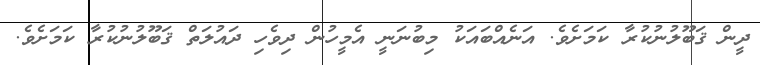
ދީން ޤަބޫލުނުކުރާ ކަމަށެވެ. އަނެއްބައަކު މިބުނަނީ އެމީހުން ދިވެހި ދައުލަތް ޤަބޫލުނުކުރާ ކަމަށެވެ.